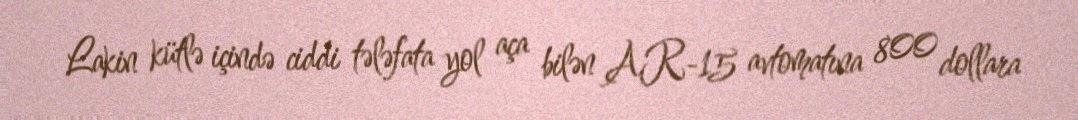
Lakin kütlə içində ciddi tələfata yol aça bilən AR-15 avtomatına 800 dollara